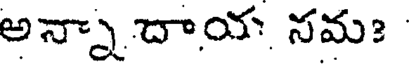
అన్నా దాయ నమః